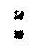
: